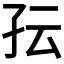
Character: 𰌟